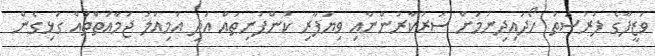
ވަޒީފާގެ ފުރުސަތު ހޯދައިދިނުމަށް ސަރުކާރުންނާއި ވިޔަފާރި ކުންފުނިތައް އަދި އަމިއްލަ ޖަމާއަތްތައް ގުޅިގެން